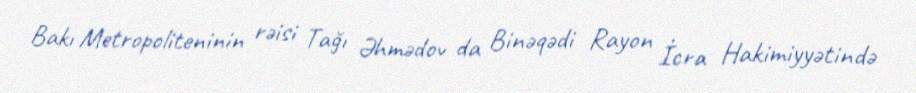
Bakı Metropoliteninin rəisi Tağı Əhmədov da Binəqədi Rayon İcra Hakimiyyətində